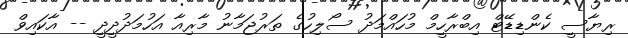
ރިޔާސީ ކެންޑިޑޭޓް އިބްރާހީމް މުހައްމަދު ސޯލިހުގެ ތަރުޖަމާނު މާރިއާ އަހުމަދުދީދީ -- އާކައިވް